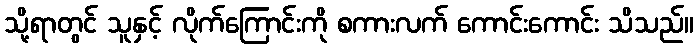
သို့ရာတွင် သူနှင့် လိုက်ကြောင်းကို စကားလက် ကောင်းကောင်း သိသည်။